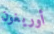
أوريغون